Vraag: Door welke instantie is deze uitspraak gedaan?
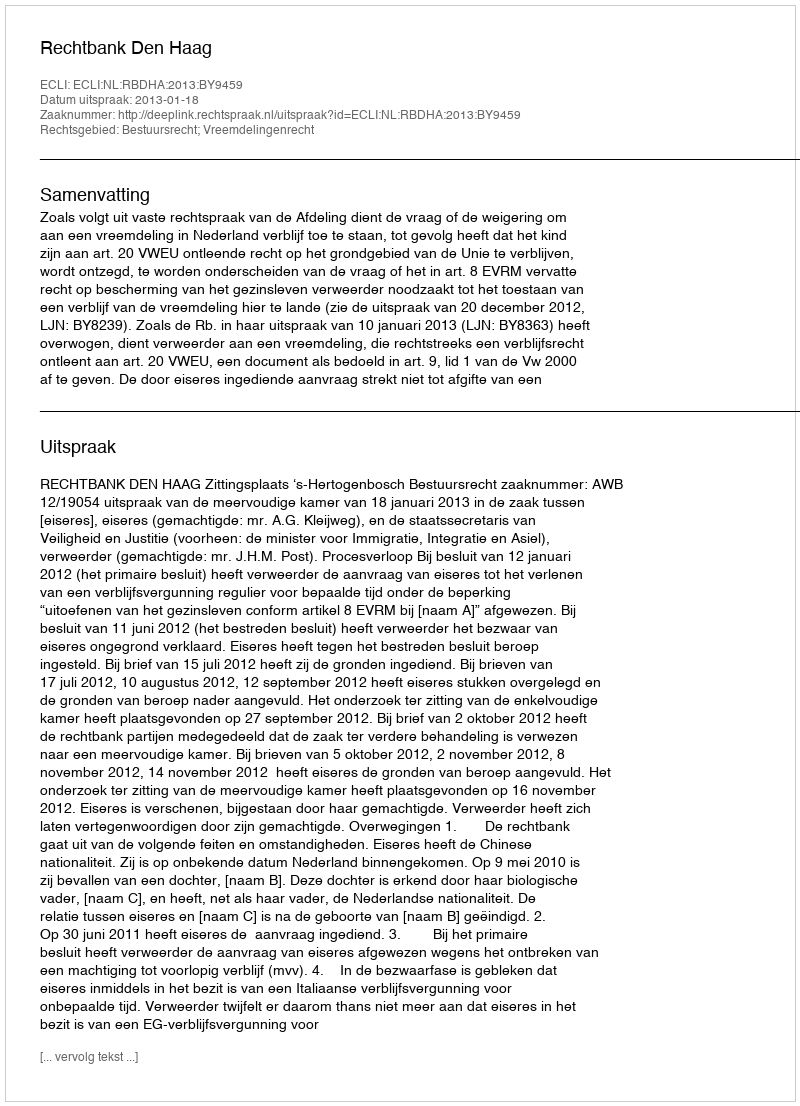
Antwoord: Rechtbank Den Haag